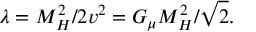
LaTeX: \lambda = M _ { H } ^ { 2 } / 2 v ^ { 2 } = G _ { \mu } M _ { H } ^ { 2 } / \sqrt { 2 } .